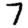
Digit: 7